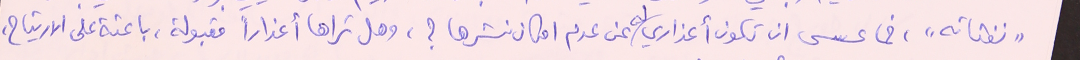
"نفثاته"، فما عسى ان تكون أعذاري له عن عدم امكان نشرها؟، وهل تراها أعذاراً مقبولة، باعثة على الارتياح،